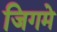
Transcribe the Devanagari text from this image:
जिगमे